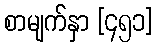
စာမျက်နှာ [၄၅၁]